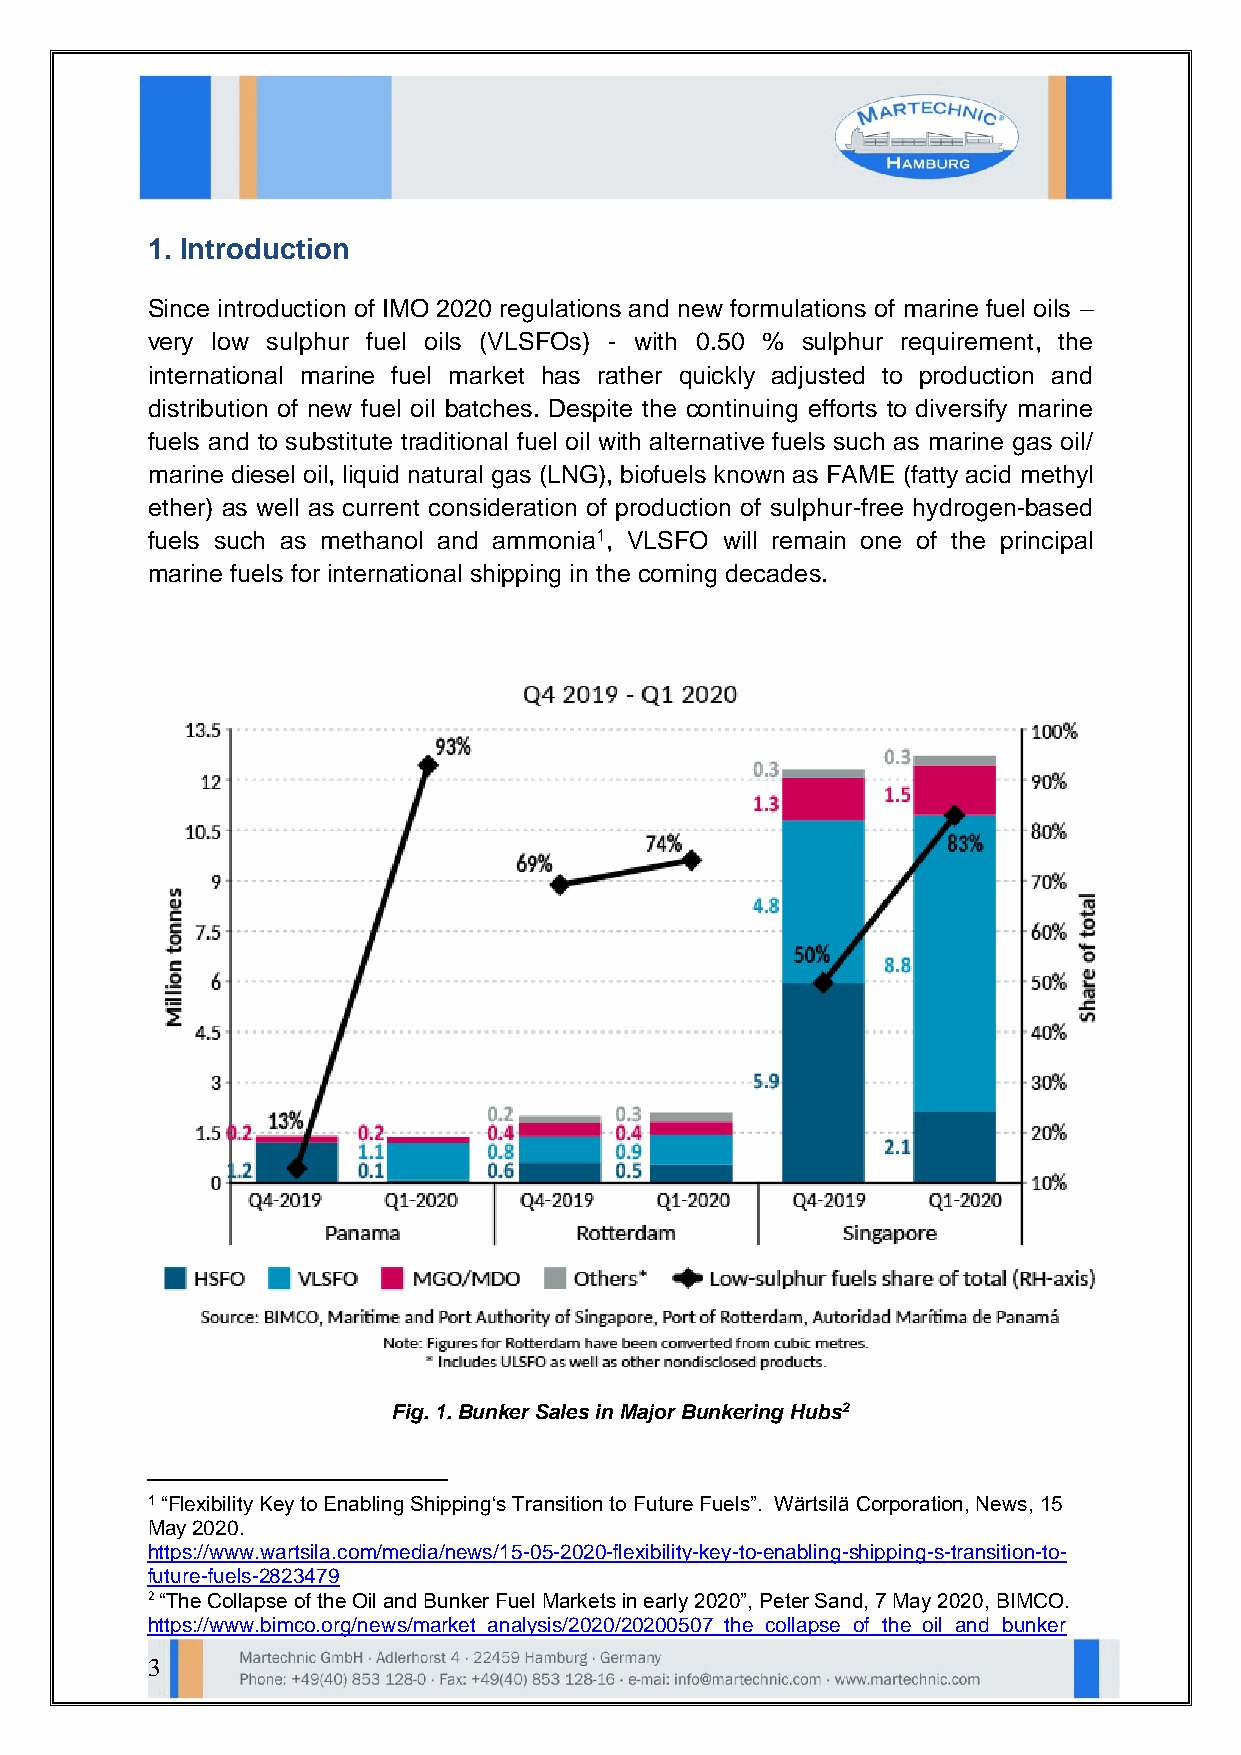
1. Introduction
 Since introduction of IMO 2020 regulations and new formulations of marine fuel oils –
 very low sulphur fuel oils (VLSFOs) - with 0.50 % sulphur requirement, the
 international marine fuel market has rather quickly adjusted to production and
 distribution of new fuel oil batches. Despite the continuing efforts to diversify marine
 fuels and to substitute traditional fuel oil with alternative fuels such as marine gas oil/
 marine diesel oil, liquid natural gas (LNG), biofuels known as FAME (fatty acid methyl
 ether) as well as current consideration of production of sulphur-free hydrogen-based
 fuels such as methanol and ammonia1, VLSFO will remain one of the principal
 marine fuels for international shipping in the coming decades.
 Fig. 1. Bunker Sales in Major Bunkering Hubs2
 1 “Flexibility Key to Enabling Shipping‘s Transition to Future Fuels”. Wärtsilä Corporation, News, 15
 May 2020.
 https://www.wartsila.com/media/news/15-05-2020-flexibility-key-to-enabling-shipping-s-transition-to-
 future-fuels-2823479
 2 “The Collapse of the Oil and Bunker Fuel Markets in early 2020”, Peter Sand, 7 May 2020, BIMCO.
 https://www.bimco.org/news/market_analysis/2020/20200507_the_collapse_of_the_oil_and_bunker
 3